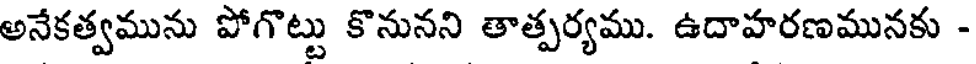
అనేకత్వమును పోగొట్టు కొనునని తాత్పర్యము. ఉదాహరణమునకు -